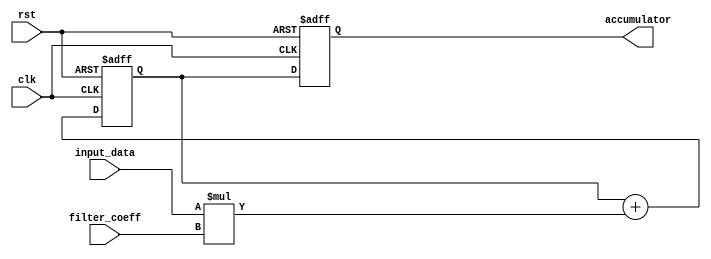
module IIR_filter_accumulator (
    input wire clk,
    input wire rst,
    input wire [7:0] input_data,
    input wire [7:0] filter_coeff,
    output reg [15:0] accumulator
);

reg [15:0] temp_accum;

always @(posedge clk or negedge rst) begin
    if (!rst) begin
        accumulator <= 16'h0000;
        temp_accum <= 16'h0000;
    end else begin
        temp_accum <= temp_accum + (input_data * filter_coeff);
        accumulator <= temp_accum;
    end
end

endmodule